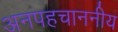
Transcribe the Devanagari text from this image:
अनपहचाननीय